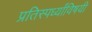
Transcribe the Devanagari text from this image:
प्रतिस्पर्ध्यांविषयी